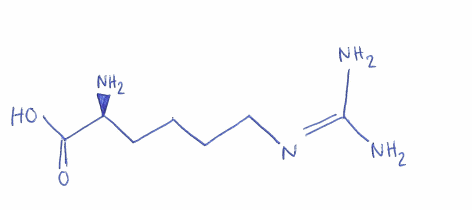
Simplified molecular-input line-entry system (SMILES) notation of the given molecule:
C(CCN=C(N)N)C[C@@H](C(=O)O)N